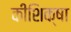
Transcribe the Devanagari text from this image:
कीशिक्षा